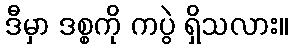
ဒီမှာ ဒစ္စကို ကပွဲ ရှိသလား။